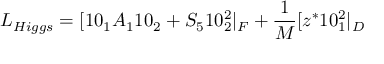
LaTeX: L _ { H i g g s } = [ 1 0 _ { 1 } A _ { 1 } 1 0 _ { 2 } + { \cal S } _ { 5 } 1 0 _ { 2 } ^ { 2 } | _ { F } + { \frac { 1 } { M } } [ z ^ { * } 1 0 _ { 1 } ^ { 2 } | _ { D }